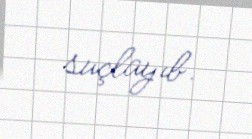
suçlayıb.